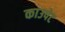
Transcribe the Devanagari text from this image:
काउपेट